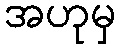
အဟုမှ